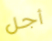
أجل